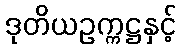
ဒုတိယဥက္ကဋ္ဌနှင့်